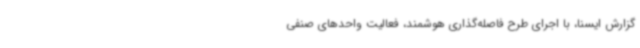
گزارش ایسنا، با اجرای طرح فاصله‌گذاری هوشمند، فعالیت واحدهای صنفی